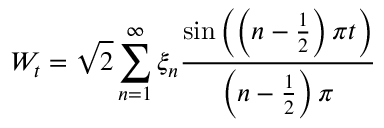
W _ { t } = { \sqrt { 2 } } \sum _ { n = 1 } ^ { \infty } \xi _ { n } { \frac { \sin \left( \left( n - { \frac { 1 } { 2 } } \right) \pi t \right) } { \left( n - { \frac { 1 } { 2 } } \right) \pi } }